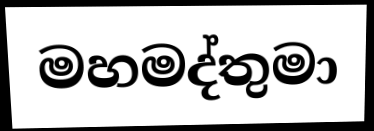
මහමද්තුමා